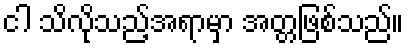
ငါ သိလိုသည့်အရာမှာ အတ္တဖြစ်သည်။